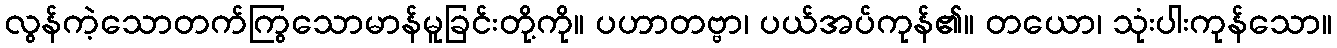
လွန်ကဲ့သောတက်ကြွသောမာန်မူခြင်းတို့ကို။ ပဟာတဗ္ဗာ၊ ပယ်အပ်ကုန်၏။ တယော၊ သုံးပါးကုန်သော။